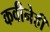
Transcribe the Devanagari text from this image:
कवीनेही